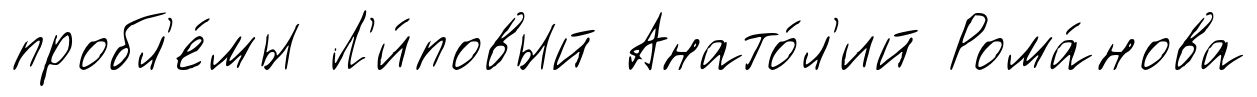
пробл'е́мы Л'и́повый Анато́л'ий Рома́нова